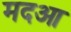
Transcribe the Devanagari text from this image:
मदआ